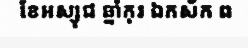
ខែអស្សុជ ឆ្នាំកុរ ឯកស័ក ព